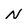
Character: N